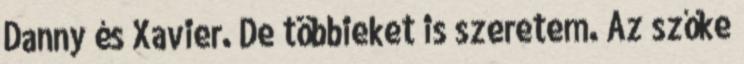
Danny és Xavier. De többieket is szeretem. Az szőke